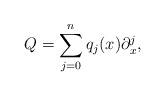
LaTeX: \begin{align*} Q=\sum\limits_{j=0}^{n}q_{j}(x)\partial^j_x,\end{align*}